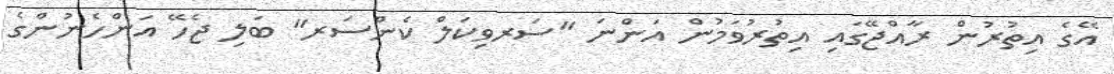
އޭގެ އިތުރުން ރާއްޖޭގައި އިތުރުވަމުން އަންނަ "ސަރވިކަލް ކެންސަރ" ބަލި ޖެހޭ އަންހެނުންގެ